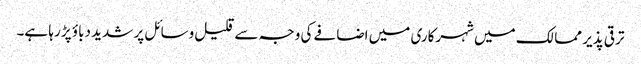
ترقی پذیر ممالک میں شہرکاری میں اضافے کی وجہ سے قلیل وسائل پر شدید دباؤ پڑ رہا ہے۔